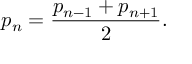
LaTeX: p _ { n } = { \frac { p _ { n - 1 } + p _ { n + 1 } } { 2 } } .